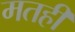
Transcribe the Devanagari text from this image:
मतही